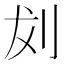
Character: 𪟁